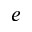
e